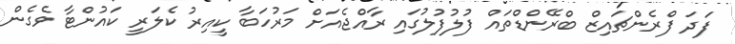
ފަދަ ފްރެންޗައިޒް ބްރޭންޑްތައް ފުލުފުލުގައި ރާއްޖެއަށް މަރުހަބާ ކީއިރު ކެލަރީ ކައުންޓާ ވެގެން